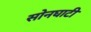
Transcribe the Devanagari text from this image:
सोनघाटी